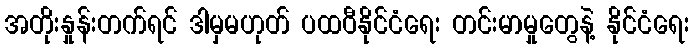
အတိုးနှုန်းတက်ရင် ဒါမှမဟုတ် ပထဝီနိုင်ငံရေး တင်းမာမှုတွေနဲ့ နိုင်ငံရေး